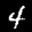
Label: 4